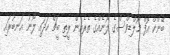
ބޭންކް އޮފް މޯލްޑިވްސްގެ ލޯނެއްގެ ތެރެއިން ރީތި ބީޗް ހަދައި ލޯނު އަނބުރައި